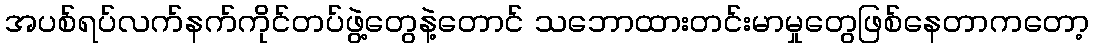
အပစ်ရပ်လက်နက်ကိုင်တပ်ဖွဲ့တွေနဲ့တောင် သဘောထားတင်းမာမှုတွေဖြစ်နေတာကတော့